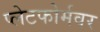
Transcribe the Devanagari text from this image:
प्लेटफोर्मवर